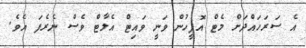
އެ ސަރަހައްދަށް މެޓް އޮފީހުން ވަނީ ވައިޓް އެލާޓް ވެސް ނެރެފަ އެވެ.